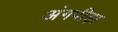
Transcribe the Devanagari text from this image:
अंगपीड़ा